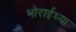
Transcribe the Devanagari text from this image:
भोराईच्या